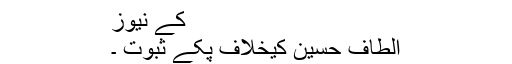
کے نیوز
الطاف حسین کیخلاف پکے ثبوت ۔